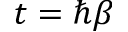
t = \hbar \beta